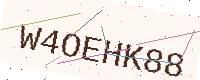
Text: W4OEHK88